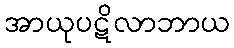
အာယုပဋိလာဘာယ